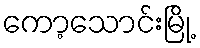
ကော့သောင်းမြို့